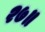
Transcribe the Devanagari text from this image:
२७॥